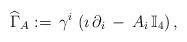
LaTeX: \begin{align*} \widehat{\Gamma}_A:=\,\gamma^i\, \left(\imath\,\partial_i\,-\,A_i\,\mathbb{I}_4\right), \end{align*}